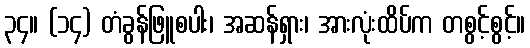
၃၄။ (၁၄) တံခွန်ဖြူစပါး၊ အဆန်ရှား၊ အားလုံးထိပ်က တစွင့်စွင့်။